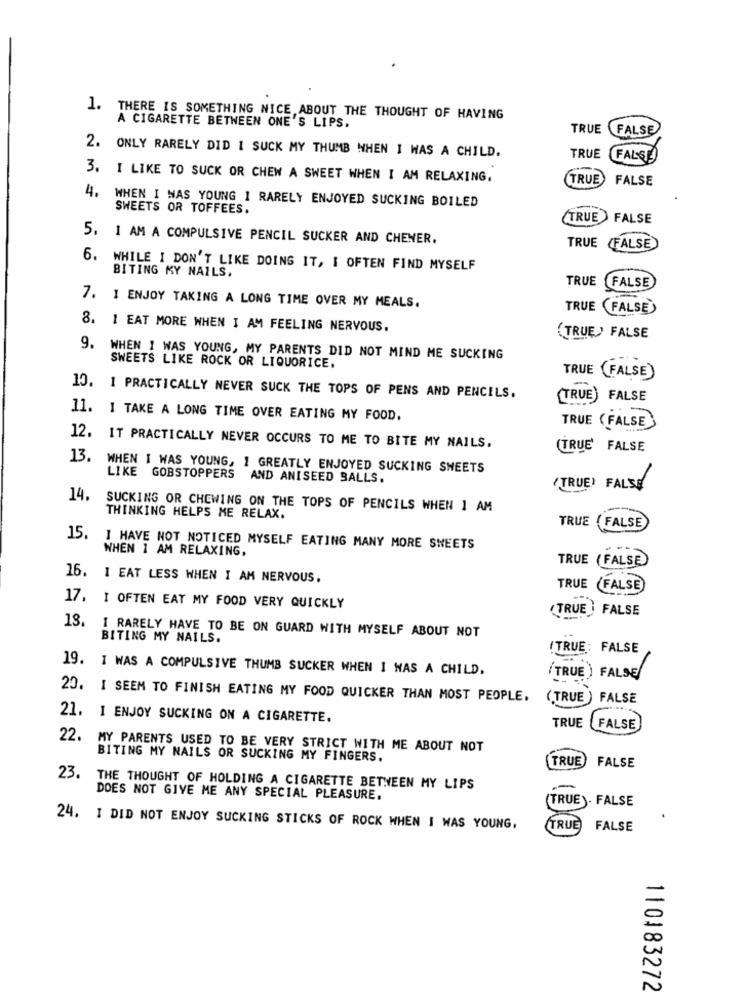
1.
A CIGARETTE BETWEEN ONE'S LIPS.
THERE IS SOMETHING NICE ABOUT THE THOUGHT OF HAVING
TRUE FALSE
2. ONLY RARELY DID I SUCK MY THUMB WHEN I WAS A CHILD.
TRUE FALSE
3. I LIKE TO SUCK OR CHEW A SWEET WHEN I AM RELAXING.
(TRUE) FALSE
4. WHEN I WAS YOUNG I RARELY ENJOYED SUCKING BOILED
SWEETS OR TOFFEES.
(TRUE )FALSE
5. 1 AM A COMPULSIVE PENCIL SUCKER AND CHENER.
TRUE /FALSE
6. WHILE I DON'T LIKE DOING IT, I OFTEN FIND MYSELF
BITING MY NAILS.
TRUE
FALSE
7. I ENJOY TAKING A LONG TIME OVER MY MEALS.
TRUE (FALSE)
8. 1 EAT MORE WHEN I AM FEELING NERVOUS.
(TRUE ) FALSE
9. WHEN I WAS YOUNG, MY PARENTS DID NOT MIND ME SUCKING
SWEETS LIKE ROCK OR LIQUORICE.
TRUE (FALSE)
10. 1 PRACTICALLY NEVER SUCK THE TOPS OF PENS AND PENCILS.
(TRUE) FALSE
11. I TAKE A LONG TIME OVER EATING MY FOOD.
TRUE ( FALSE)
12. IT PRACTICALLY NEVER OCCURS TO ME TO BITE MY NAILS.
(TRUE' FALSE
13.
WHEN I WAS YOUNG, I GREATLY ENJOYED SUCKING SHEETS
LIKE GOBSTOPPERS AND ANISEED BALLS.
'TRUE' FALSE
14.
SUCKING OR CHEWING ON THE TOPS OF PENCILS WHEN 1 AM
THINKING HELPS ME RELAX.
TRUE ( FALSE
15.
WHEN 1 AM RELAXING.
I HAVE NOT NOTICED MYSELF EATING MANY MORE SHEETS
TRUE ( FALSE)
16. 1 EAT LESS WHEN I AM NERVOUS.
TRUE (FALSE)
17. I OFTEN EAT MY FOOD VERY QUICKLY
( TRUE ) FALSE
13.
I RARELY HAVE TO BE ON GUARD WITH MYSELF ABOUT NOT
BITING MY NAILS.
! TRUE: FALSE
19. I WAS A COMPULSIVE THUMB SUCKER WHEN I WAS A CHILD.
(TRUE ) FALSE
20. I SEEM TO FINISH EATING MY FOOD QUICKER THAN MOST PEOPLE.
(TRUE ) FALSE
21. I ENJOY SUCKING ON A CIGARETTE.
TRUE FALSE
22.
MY PARENTS USED TO BE VERY STRICT WITH ME ABOUT NOT
BITING MY NAILS OR SUCKING MY FINGERS.
TRUE) FALSE
23.
THE THOUGHT OF HOLDING A CIGARETTE BETWEEN MY LIPS
DOES NOT GIVE ME ANY SPECIAL PLEASURE.
(TRUE). FALSE
24. I DID NOT ENJOY SUCKING STICKS OF ROCK WHEN I WAS YOUNG,
(TRUE
FALSE
110183272